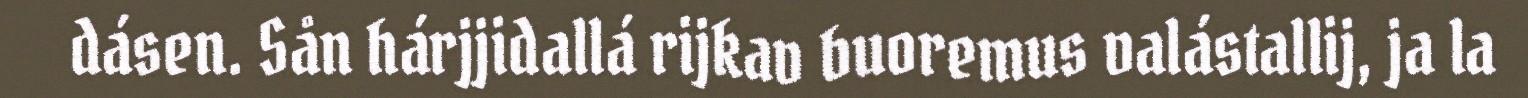
dásen. Sån hárjjidallá rijkav buoremus valástallij, ja la